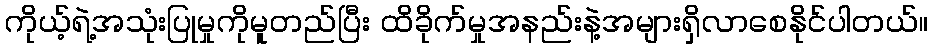
ကိုယ့်ရဲ့အသုံးပြုမှုကိုမူတည်ပြီး ထိခိုက်မှုအနည်းနဲ့အများရှိလာစေနိုင်ပါတယ်။